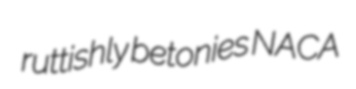
ruttishly betonies NACA